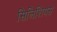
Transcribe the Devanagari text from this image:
सिलिशियस